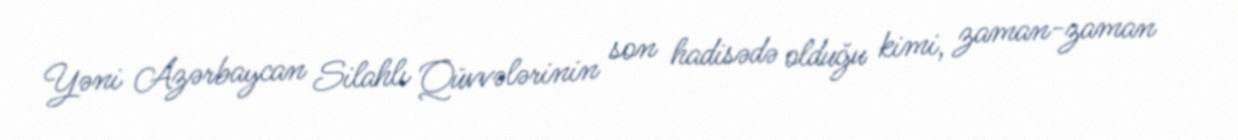
Yəni Azərbaycan Silahlı Qüvvələrinin son hadisədə olduğu kimi, zaman-zaman